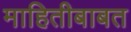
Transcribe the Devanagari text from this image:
माहितीबाबत